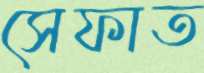
সেফাত